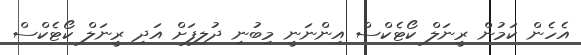
އެހެން ކަމުން ރީނަލް ކޯޓެކްސް އިންނަނީ މިބުނި ދުލިފަށް އަދި ރީނަލް ކޯޓެކްސް